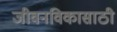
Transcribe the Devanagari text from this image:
जीवनविकासाठी